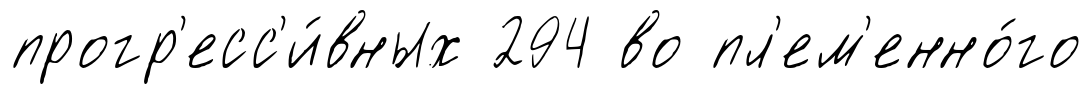
прогр'есс'и́вных 294 во пл'ем'енно́го